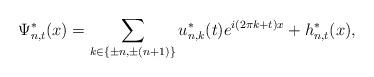
LaTeX: \begin{align*}\Psi_{n,t}^{\ast}(x)=\sum_{k\in\left\{ \pm n,\pm(n+1)\right\} }u_{n,k}^{\ast}(t)e^{i(2\pi k+t)x}+h_{n,t}^{\ast}(x),\end{align*}